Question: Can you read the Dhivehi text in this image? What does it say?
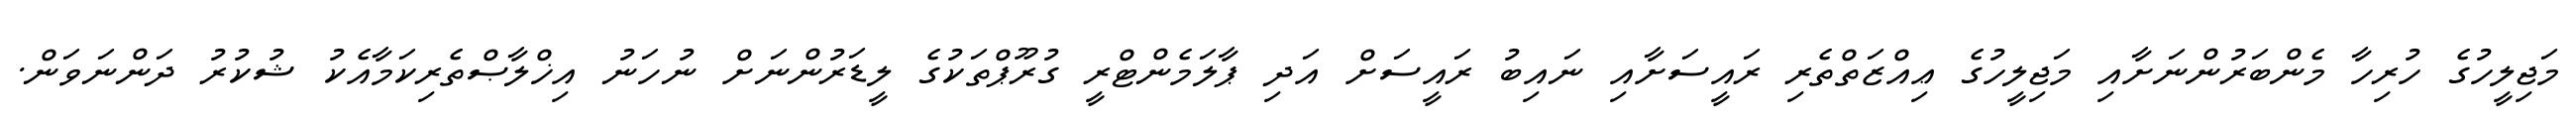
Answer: މަޖިލީހުގެ ހުރިހާ މެންބަރުންނަށާއި މަޖިލީހުގެ ޢިއްޒަތްތެރި ރައީސަށާއި ނައިބު ރައީސަށް އަދި ޕާލަމެންޓްރީ ގުރޫޕްތަކުގެ ލީޑަރުންނަށް ނުހަނު އިޚްލާޞްތެރިކަމާއެކު ޝުކުރު ދަންނަވަން.